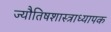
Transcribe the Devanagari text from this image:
ज्यौतिषशास्त्राध्यापक